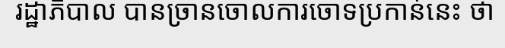
រដ្ឋាភិបាល បានច្រានចោលការចោទប្រកាន់នេះ ថា